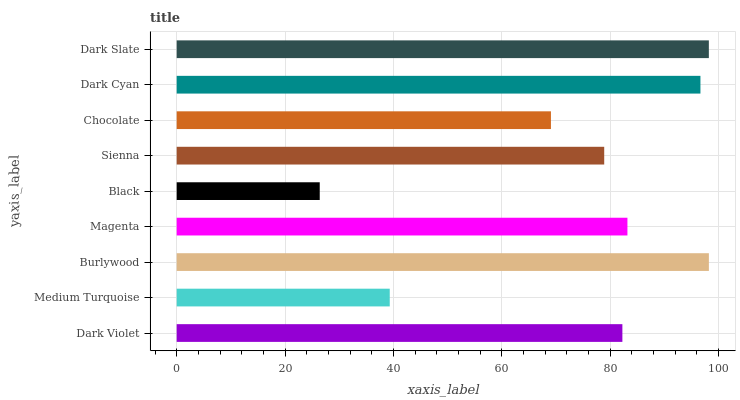
| yaxis_label | bars |
 | --- | --- |
 | Dark Violet | 82.2 |
 | Medium Turquoise | 39.3 |
 | Burlywood | 98.2 |
 | Magenta | 83.2 |
 | Black | 26.4 |
 | Sienna | 78.9 |
 | Chocolate | 69.1 |
 | Dark Cyan | 96.6 |
 | Dark Slate | 98.2 |